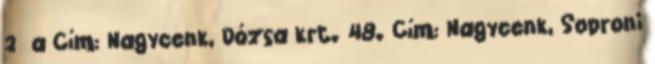
2 a Cím: Nagycenk, Dózsa krt. 48. Cím: Nagycenk, Soproni